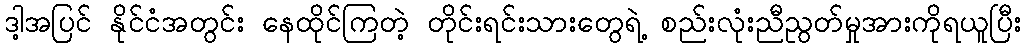
ဒါ့အပြင် နိုင်ငံအတွင်း နေထိုင်ကြတဲ့ တိုင်းရင်းသားတွေရဲ့ စည်းလုံးညီညွတ်မှုအားကိုရယူပြီး